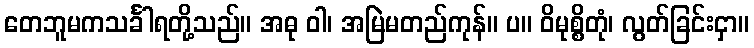
တေဘူမကသင်္ခါရတို့သည်။ အဓု ဝါ၊ အမြဲမတည်ကုန်။ ပ။ ဝိမုစ္စိတုံ၊ လွတ်ခြင်းငှာ။